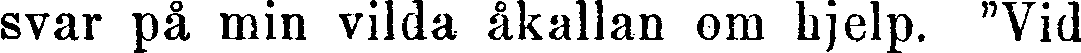
svar på min vilda åkallan om hjelp. "Vid